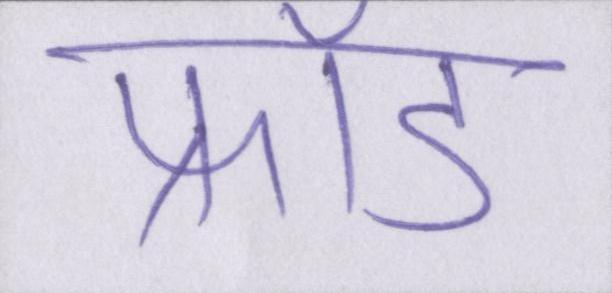
फ्रॉड